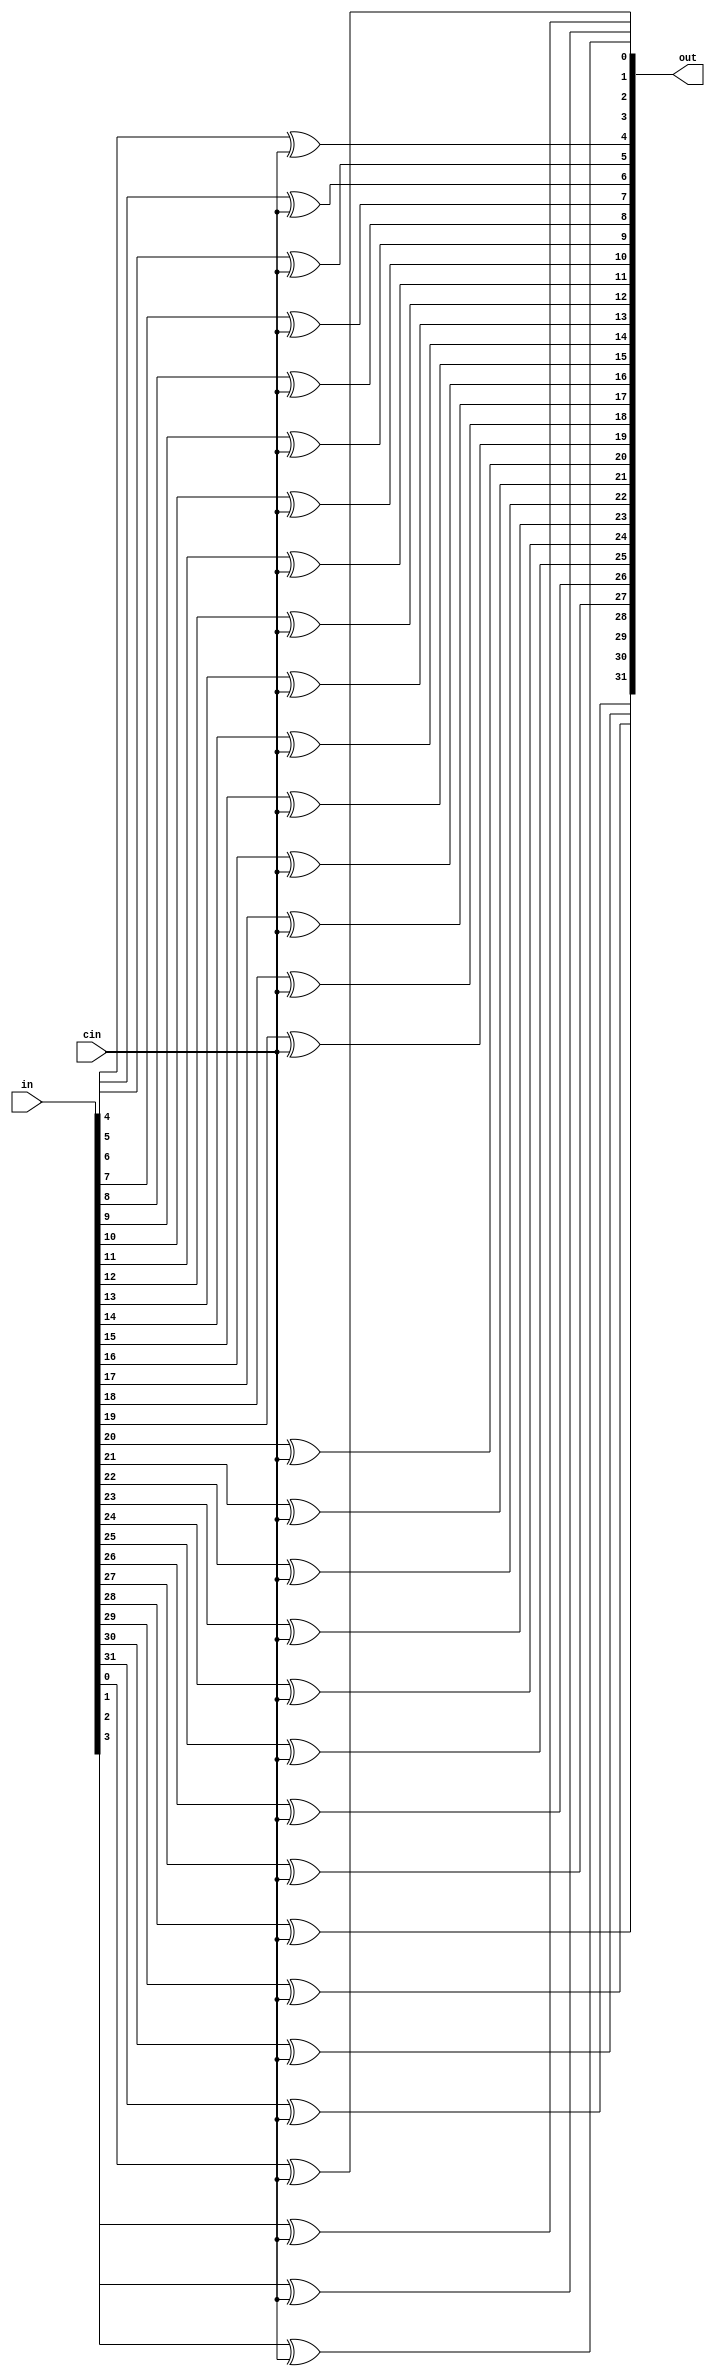
module xor_32bit(in, cin, out);
  input [31:0] in;
  input cin; 
  output [31:0] out;

  xor xor_0(out[0], in[0], cin);
  xor xor_1(out[1], in[1], cin);
  xor xor_2(out[2], in[2], cin);
  xor xor_3(out[3], in[3], cin);
  xor xor_4(out[4], in[4], cin);
  xor xor_5(out[5], in[5], cin);
  xor xor_6(out[6], in[6], cin);
  xor xor_7(out[7], in[7], cin);
  xor xor_8(out[8], in[8], cin);
  xor xor_9(out[9], in[9], cin);

  xor xor_10(out[10], in[10], cin);
  xor xor_11(out[11], in[11], cin);
  xor xor_12(out[12], in[12], cin);
  xor xor_13(out[13], in[13], cin);
  xor xor_14(out[14], in[14], cin);
  xor xor_15(out[15], in[15], cin);
  xor xor_16(out[16], in[16], cin);
  xor xor_17(out[17], in[17], cin);
  xor xor_18(out[18], in[18], cin);
  xor xor_19(out[19], in[19], cin);

  xor xor_20(out[20], in[20], cin);
  xor xor_21(out[21], in[21], cin);
  xor xor_22(out[22], in[22], cin);
  xor xor_23(out[23], in[23], cin);
  xor xor_24(out[24], in[24], cin);
  xor xor_25(out[25], in[25], cin);
  xor xor_26(out[26], in[26], cin);
  xor xor_27(out[27], in[27], cin);
  xor xor_28(out[28], in[28], cin);
  xor xor_29(out[29], in[29], cin);

  xor xor_30(out[30], in[30], cin);
  xor xor_31(out[31], in[31], cin);

endmodule